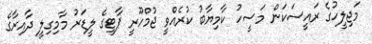
މަޖިލީހުގެ ރައީސަކަން މަސީހު ކާމިޔާބު ކުރެއްވީ ޖުމްހޫރީ ޕާޓީގެ ލީޑަރު މާމިގިލީ ދާއިރާގެ